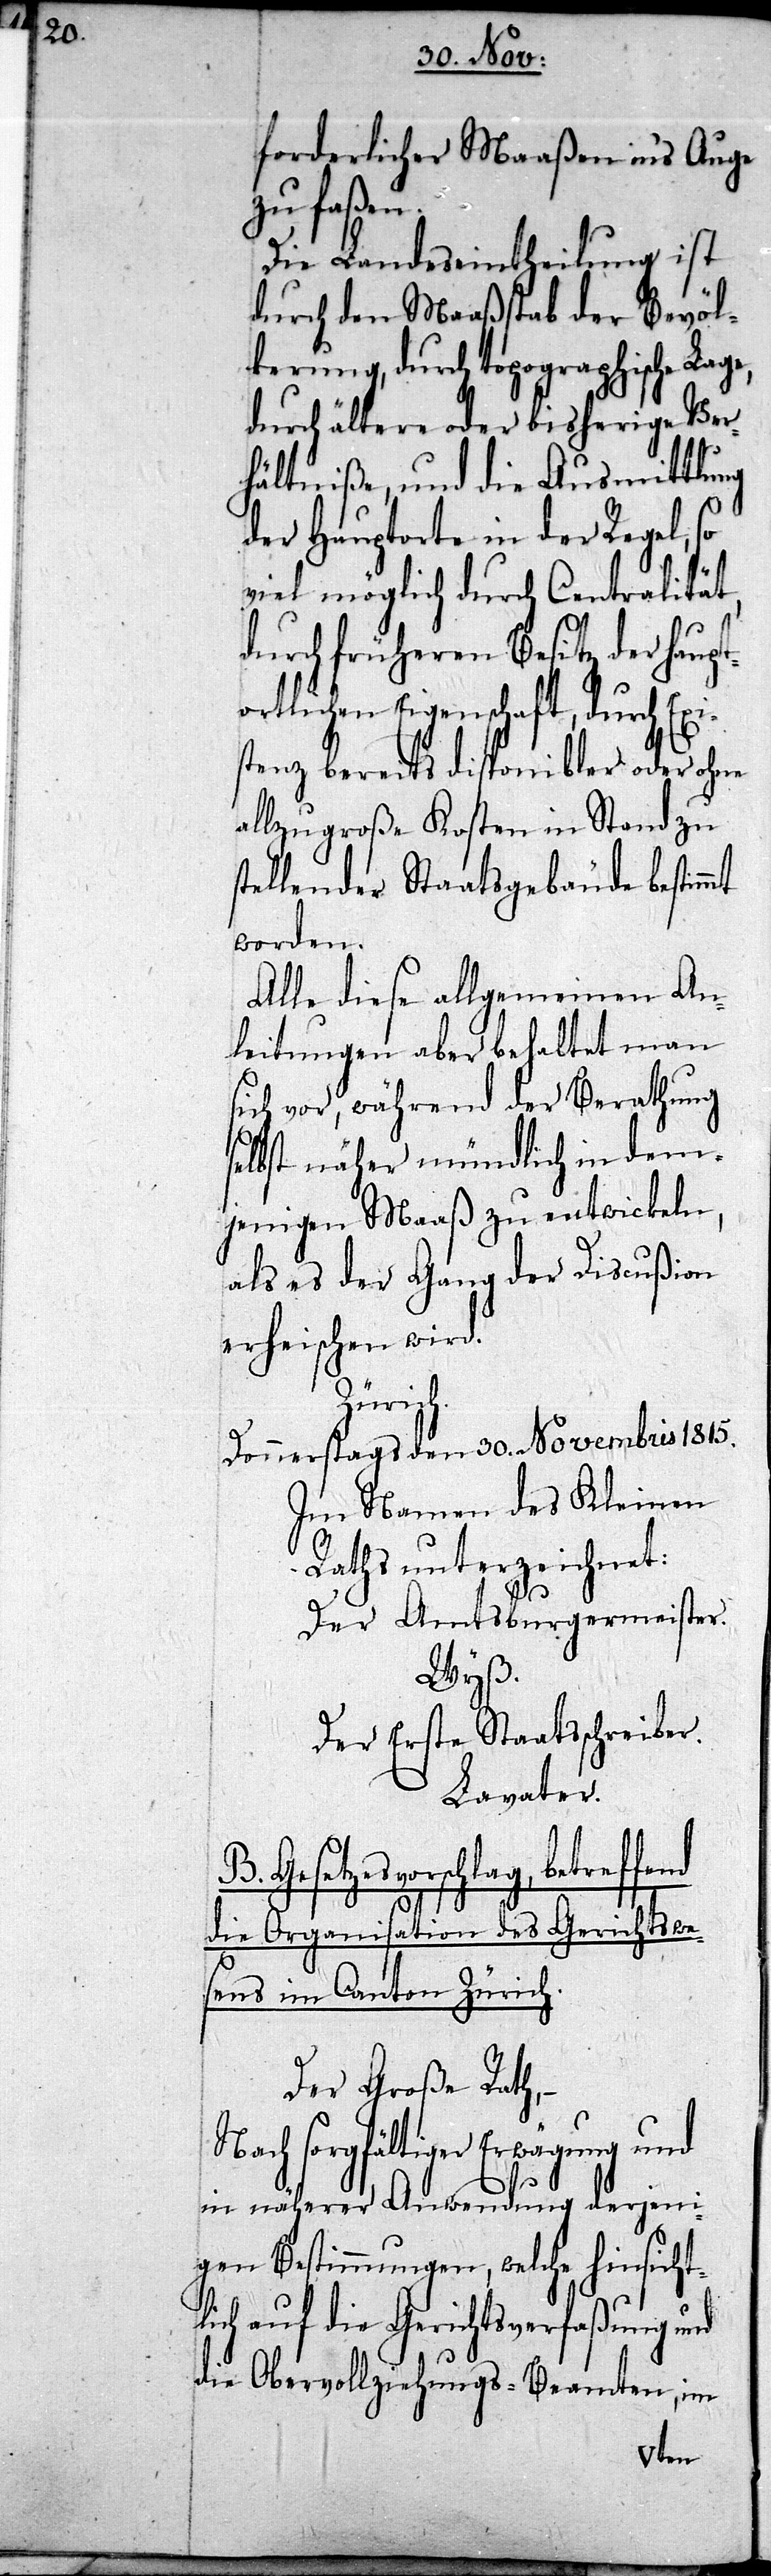
forderlicher Maaßen ins Auge
zu faßen.
Die Landeseintheilung ist
durch den Maaßstab der Bevöl¬
kerung, durch topographische Lage,
durch ältere oder bisherige Ver¬
hältniße, und die Ausmittlung
der Hauptorte in der Regel, so
viel möglich durch Centralität,
durch früheren Besitz der haup¬
tortlichen Eigenschaft, durch Exi¬
stenz bereits disponibler oder ohne
allzugroße Kosten in Stand zu
stellender Staatsgebäude bestimmt
worden.
Alle diese allgemeinen An¬
leitungen aber behaltet man
sich vor, während der Berathung
selbst näher mündlich in dem¬
jenigen Maaß zu entwickeln,
als es der Gang der Discußion
erheischen wird.
Zürich.
Donnerstags den 30. Novembris 1815.
Im Namen des Kleinen
Raths unterzeichnet:
Der Amtsburgermeister.
Wyß.
Der Erste Staatsschreiber.
Lavater.
B. Gesetzesvorschlag, betreffend
die Organisation des Gerichtswe¬
sens im Canton Zürich.
Der Große Rath,
Nach sorgfältiger Erwägung und
in näherer Anwendung derjeni¬
gen Bestimmungen, welche hinsicht¬
lich auf die Gerichtsverfaßung und
die Obervollziehungs-Beamten, im